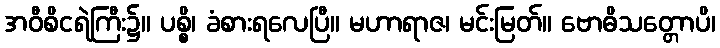
အဝီစိငရဲကြီး၌။ ပစ္စိ၊ ခံစားရလေပြီ။ မဟာရာဇ၊ မင်းမြတ်။ ဗောဓိသတ္တောပိ၊